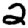
Digit: 2